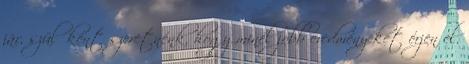
jár, szülőként szeretnénk, hogy minél jobb eredményeket érjen el.